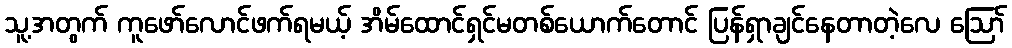
သူ့အတွက် ကူဖော်လောင်ဖက်ရမယ့် အိမ်ထောင်ရှင်မတစ်ယောက်တောင် ပြန်ရှာချင်နေတာတဲ့လေ ဪ